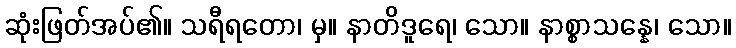
ဆုံးဖြတ်အပ်၏။ သရီရတော၊ မှ။ နာတိဒူရေ၊ သော။ နာစ္စာသန္နေ၊ သော။